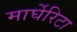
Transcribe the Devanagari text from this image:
मार्घेरिटा